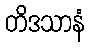
တိဒသာနံ